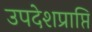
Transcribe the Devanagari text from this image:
उपदेशप्राप्ति